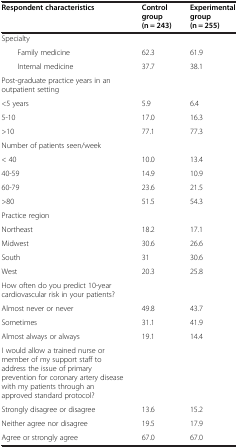
| Respondent characteristics | Control group (n = 243) | Experimental group (n = 255) |
 | --- | --- | --- |
 | Specialty |  |  |
 | Family medicine | 62.3 | 61.9 |
 | Internal medicine | 37.7 | 38.1 |
 | Post-graduate practice years in an outpatient setting |  |  |
 | <5 years | 5.9 | 6.4 |
 | 5-10 | 17.0 | 16.3 |
 | >10 | 77.1 | 77.3 |
 | Number of patients seen/week |  |  |
 | < 40 | 10.0 | 13.4 |
 | 40-59 | 14.9 | 10.9 |
 | 60-79 | 23.6 | 21.5 |
 | >80 | 51.5 | 54.3 |
 | Practice region |  |  |
 | Northeast | 18.2 | 17.1 |
 | Midwest | 30.6 | 26.6 |
 | South | 31 | 30.6 |
 | West | 20.3 | 25.8 |
 | How often do you predict 10-year cardiovascular risk in your patients? |  |  |
 | Almost never or never | 49.8 | 43.7 |
 | Sometimes | 31.1 | 41.9 |
 | Almost always or always | 19.1 | 14.4 |
 | I would allow a trained nurse or member of my support staff to address the issue of primary prevention for coronary artery disease with my patients through an approved standard protocol? |  |  |
 | Strongly disagree or disagree | 13.6 | 15.2 |
 | Neither agree nor disagree | 19.5 | 17.9 |
 | Agree or strongly agree | 67.0 | 67.0 |